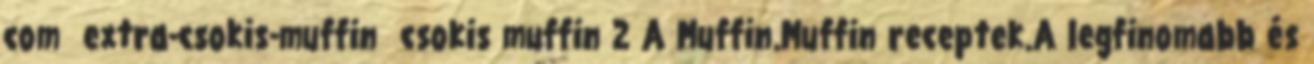
com extra-csokis-muffin csokis muffin 2 A Muffin.Muffin receptek.A legfinomabb és